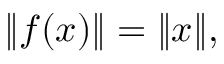
\| f ( x ) \| = \| x \| ,